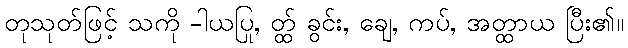
တုသုတ်ဖြင့် သကို -ါယပြု, တ္ထ် ခွင်း, ချေ, ကပ်, အတ္ထာယ ပြီး၏။